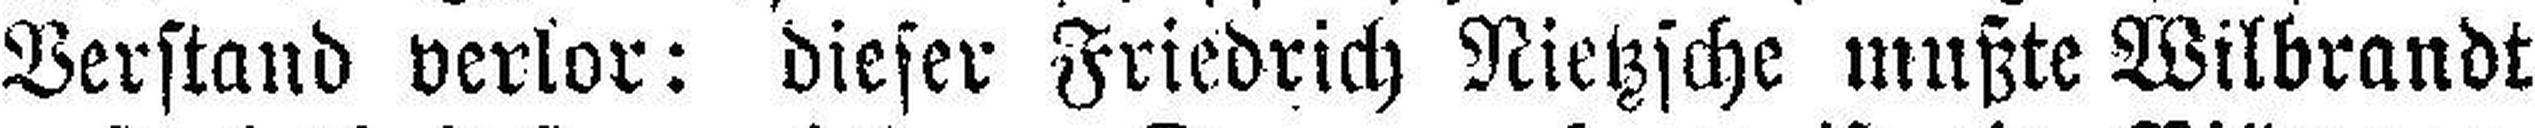
Verstand verlor: dieser Friedrich Nietzsche mußte Wilbrandt